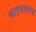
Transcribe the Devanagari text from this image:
कार्यालाच